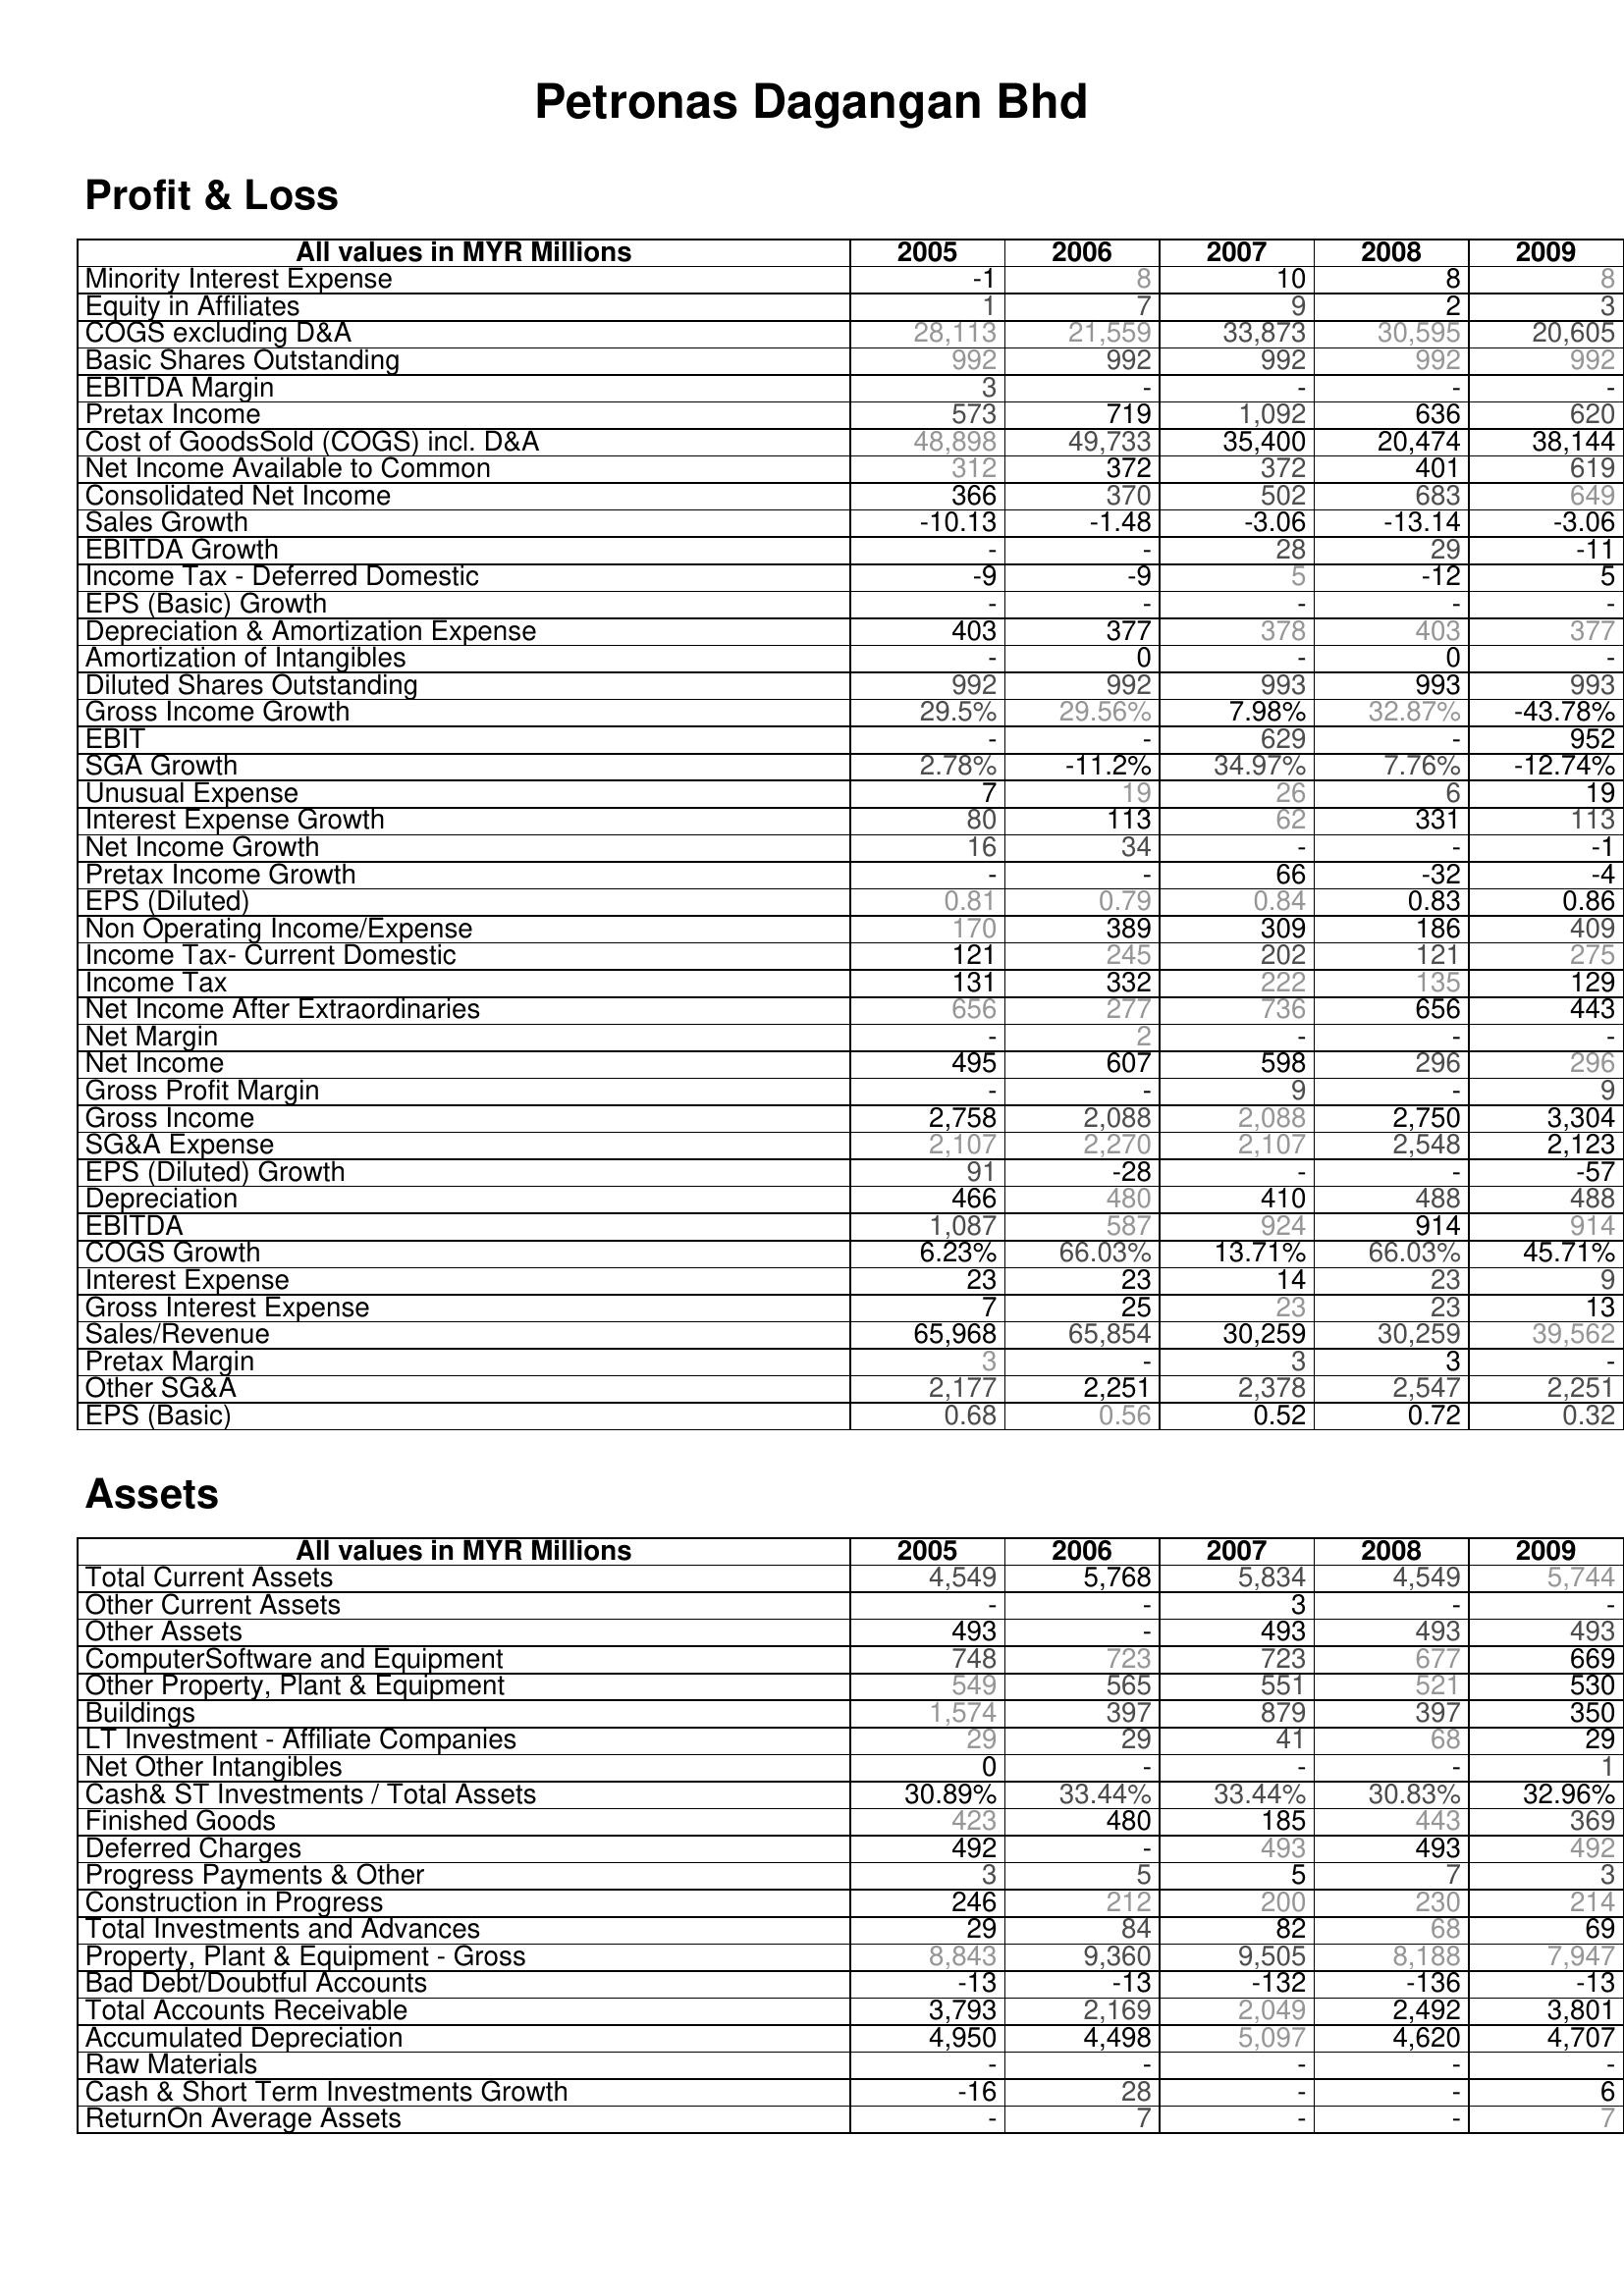
2005: Profit & Loss: Minority Interest Expense: -1
Equity in Affiliates: 1
COGS excluding D&A: 28,113
Basic Shares Outstanding: 992
EBITDA Margin: 3
Pretax Income: 573
Cost of GoodsSold (COGS) incl. D&A: 48,898
Net Income Available to Common: 312
Consolidated Net Income: 366
Sales Growth: -10.13
EBITDA Growth: -
Income Tax - Deferred Domestic: -9
EPS (Basic) Growth: -
Depreciation & Amortization Expense: 403
Amortization of Intangibles: -
Diluted Shares Outstanding: 992
Gross Income Growth: 29.5%
EBIT: -
SGA Growth: 2.78%
Unusual Expense: 7
Interest Expense Growth: 80
Net Income Growth: 16
Pretax Income Growth: -
EPS (Diluted): 0.81
Non Operating Income/Expense: 170
Income Tax- Current Domestic: 121
Income Tax: 131
Net Income After Extraordinaries: 656
Net Margin: -
Net Income: 495
Gross Profit Margin: -
Gross Income: 2,758
SG&A Expense: 2,107
EPS (Diluted) Growth: 91
Depreciation: 466
EBITDA: 1,087
COGS Growth: 6.23%
Interest Expense: 23
Gross Interest Expense: 7
Sales/Revenue: 65,968
Pretax Margin: 3
Other SG&A: 2,177
EPS (Basic): 0.68
Assets: Total Current Assets: 4,549
Other Current Assets: -
Other Assets: 493
ComputerSoftware and Equipment: 748
Other Property, Plant & Equipment: 549
Buildings: 1,574
LT Investment - Affiliate Companies: 29
Net Other Intangibles: 0
Cash& ST Investments / Total Assets: 30.89%
Finished Goods: 423
Deferred Charges: 492
Progress Payments & Other: 3
Construction in Progress: 246
Total Investments and Advances: 29
Property, Plant & Equipment - Gross : 8,843
Bad Debt/Doubtful Accounts: -13
Total Accounts Receivable: 3,793
Accumulated Depreciation: 4,950
Raw Materials: -
Cash & Short Term Investments Growth: -16
ReturnOn Average Assets: -
2006: Profit & Loss: Minority Interest Expense: 8
Equity in Affiliates: 7
COGS excluding D&A: 21,559
Basic Shares Outstanding: 992
EBITDA Margin: -
Pretax Income: 719
Cost of GoodsSold (COGS) incl. D&A: 49,733
Net Income Available to Common: 372
Consolidated Net Income: 370
Sales Growth: -1.48
EBITDA Growth: -
Income Tax - Deferred Domestic: -9
EPS (Basic) Growth: -
Depreciation & Amortization Expense: 377
Amortization of Intangibles: 0
Diluted Shares Outstanding: 992
Gross Income Growth: 29.56%
EBIT: -
SGA Growth: -11.2%
Unusual Expense: 19
Interest Expense Growth: 113
Net Income Growth: 34
Pretax Income Growth: -
EPS (Diluted): 0.79
Non Operating Income/Expense: 389
Income Tax- Current Domestic: 245
Income Tax: 332
Net Income After Extraordinaries: 277
Net Margin: 2
Net Income: 607
Gross Profit Margin: -
Gross Income: 2,088
SG&A Expense: 2,270
EPS (Diluted) Growth: -28
Depreciation: 480
EBITDA: 587
COGS Growth: 66.03%
Interest Expense: 23
Gross Interest Expense: 25
Sales/Revenue: 65,854
Pretax Margin: -
Other SG&A: 2,251
EPS (Basic): 0.56
Assets: Total Current Assets: 5,768
Other Current Assets: -
Other Assets: -
ComputerSoftware and Equipment: 723
Other Property, Plant & Equipment: 565
Buildings: 397
LT Investment - Affiliate Companies: 29
Net Other Intangibles: -
Cash& ST Investments / Total Assets: 33.44%
Finished Goods: 480
Deferred Charges: -
Progress Payments & Other: 5
Construction in Progress: 212
Total Investments and Advances: 84
Property, Plant & Equipment - Gross : 9,360
Bad Debt/Doubtful Accounts: -13
Total Accounts Receivable: 2,169
Accumulated Depreciation: 4,498
Raw Materials: -
Cash & Short Term Investments Growth: 28
ReturnOn Average Assets: 7
2007: Profit & Loss: Minority Interest Expense: 10
Equity in Affiliates: 9
COGS excluding D&A: 33,873
Basic Shares Outstanding: 992
EBITDA Margin: -
Pretax Income: 1,092
Cost of GoodsSold (COGS) incl. D&A: 35,400
Net Income Available to Common: 372
Consolidated Net Income: 502
Sales Growth: -3.06
EBITDA Growth: 28
Income Tax - Deferred Domestic: 5
EPS (Basic) Growth: -
Depreciation & Amortization Expense: 378
Amortization of Intangibles: -
Diluted Shares Outstanding: 993
Gross Income Growth: 7.98%
EBIT: 629
SGA Growth: 34.97%
Unusual Expense: 26
Interest Expense Growth: 62
Net Income Growth: -
Pretax Income Growth: 66
EPS (Diluted): 0.84
Non Operating Income/Expense: 309
Income Tax- Current Domestic: 202
Income Tax: 222
Net Income After Extraordinaries: 736
Net Margin: -
Net Income: 598
Gross Profit Margin: 9
Gross Income: 2,088
SG&A Expense: 2,107
EPS (Diluted) Growth: -
Depreciation: 410
EBITDA: 924
COGS Growth: 13.71%
Interest Expense: 14
Gross Interest Expense: 23
Sales/Revenue: 30,259
Pretax Margin: 3
Other SG&A: 2,378
EPS (Basic): 0.52
Assets: Total Current Assets: 5,834
Other Current Assets: 3
Other Assets: 493
ComputerSoftware and Equipment: 723
Other Property, Plant & Equipment: 551
Buildings: 879
LT Investment - Affiliate Companies: 41
Net Other Intangibles: -
Cash& ST Investments / Total Assets: 33.44%
Finished Goods: 185
Deferred Charges: 493
Progress Payments & Other: 5
Construction in Progress: 200
Total Investments and Advances: 82
Property, Plant & Equipment - Gross : 9,505
Bad Debt/Doubtful Accounts: -132
Total Accounts Receivable: 2,049
Accumulated Depreciation: 5,097
Raw Materials: -
Cash & Short Term Investments Growth: -
ReturnOn Average Assets: -
2008: Profit & Loss: Minority Interest Expense: 8
Equity in Affiliates: 2
COGS excluding D&A: 30,595
Basic Shares Outstanding: 992
EBITDA Margin: -
Pretax Income: 636
Cost of GoodsSold (COGS) incl. D&A: 20,474
Net Income Available to Common: 401
Consolidated Net Income: 683
Sales Growth: -13.14
EBITDA Growth: 29
Income Tax - Deferred Domestic: -12
EPS (Basic) Growth: -
Depreciation & Amortization Expense: 403
Amortization of Intangibles: 0
Diluted Shares Outstanding: 993
Gross Income Growth: 32.87%
EBIT: -
SGA Growth: 7.76%
Unusual Expense: 6
Interest Expense Growth: 331
Net Income Growth: -
Pretax Income Growth: -32
EPS (Diluted): 0.83
Non Operating Income/Expense: 186
Income Tax- Current Domestic: 121
Income Tax: 135
Net Income After Extraordinaries: 656
Net Margin: -
Net Income: 296
Gross Profit Margin: -
Gross Income: 2,750
SG&A Expense: 2,548
EPS (Diluted) Growth: -
Depreciation: 488
EBITDA: 914
COGS Growth: 66.03%
Interest Expense: 23
Gross Interest Expense: 23
Sales/Revenue: 30,259
Pretax Margin: 3
Other SG&A: 2,547
EPS (Basic): 0.72
Assets: Total Current Assets: 4,549
Other Current Assets: -
Other Assets: 493
ComputerSoftware and Equipment: 677
Other Property, Plant & Equipment: 521
Buildings: 397
LT Investment - Affiliate Companies: 68
Net Other Intangibles: -
Cash& ST Investments / Total Assets: 30.83%
Finished Goods: 443
Deferred Charges: 493
Progress Payments & Other: 7
Construction in Progress: 230
Total Investments and Advances: 68
Property, Plant & Equipment - Gross : 8,188
Bad Debt/Doubtful Accounts: -136
Total Accounts Receivable: 2,492
Accumulated Depreciation: 4,620
Raw Materials: -
Cash & Short Term Investments Growth: -
ReturnOn Average Assets: -
2009: Profit & Loss: Minority Interest Expense: 8
Equity in Affiliates: 3
COGS excluding D&A: 20,605
Basic Shares Outstanding: 992
EBITDA Margin: -
Pretax Income: 620
Cost of GoodsSold (COGS) incl. D&A: 38,144
Net Income Available to Common: 619
Consolidated Net Income: 649
Sales Growth: -3.06
EBITDA Growth: -11
Income Tax - Deferred Domestic: 5
EPS (Basic) Growth: -
Depreciation & Amortization Expense: 377
Amortization of Intangibles: -
Diluted Shares Outstanding: 993
Gross Income Growth: -43.78%
EBIT: 952
SGA Growth: -12.74%
Unusual Expense: 19
Interest Expense Growth: 113
Net Income Growth: -1
Pretax Income Growth: -4
EPS (Diluted): 0.86
Non Operating Income/Expense: 409
Income Tax- Current Domestic: 275
Income Tax: 129
Net Income After Extraordinaries: 443
Net Margin: -
Net Income: 296
Gross Profit Margin: 9
Gross Income: 3,304
SG&A Expense: 2,123
EPS (Diluted) Growth: -57
Depreciation: 488
EBITDA: 914
COGS Growth: 45.71%
Interest Expense: 9
Gross Interest Expense: 13
Sales/Revenue: 39,562
Pretax Margin: -
Other SG&A: 2,251
EPS (Basic): 0.32
Assets: Total Current Assets: 5,744
Other Current Assets: -
Other Assets: 493
ComputerSoftware and Equipment: 669
Other Property, Plant & Equipment: 530
Buildings: 350
LT Investment - Affiliate Companies: 29
Net Other Intangibles: 1
Cash& ST Investments / Total Assets: 32.96%
Finished Goods: 369
Deferred Charges: 492
Progress Payments & Other: 3
Construction in Progress: 214
Total Investments and Advances: 69
Property, Plant & Equipment - Gross : 7,947
Bad Debt/Doubtful Accounts: -13
Total Accounts Receivable: 3,801
Accumulated Depreciation: 4,707
Raw Materials: -
Cash & Short Term Investments Growth: 6
ReturnOn Average Assets: 7